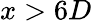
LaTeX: x>6D